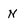
Character: N